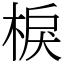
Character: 棙